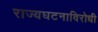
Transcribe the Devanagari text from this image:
राज्यघटनाविरोधी